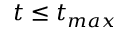
t \leq t _ { m a x }